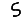
Digit: 5